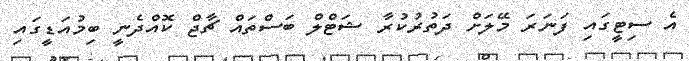
އެ ސިޓީގައި ފަނަރަ މޭލަށް ދަތުރުކުރާ ޝަޓްލް ބަސްތައް ޗާޖް ކޮއްދެނީ ބިމުއަޑީގައި